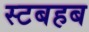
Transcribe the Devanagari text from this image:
स्टबहब